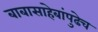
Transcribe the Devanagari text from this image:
बाबासाहेबांपुढेच